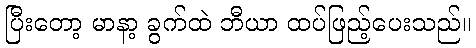
ပြီးတော့ မာနာ့ ခွက်ထဲ ဘီယာ ထပ်ဖြည့်ပေးသည်။